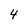
Character: 4